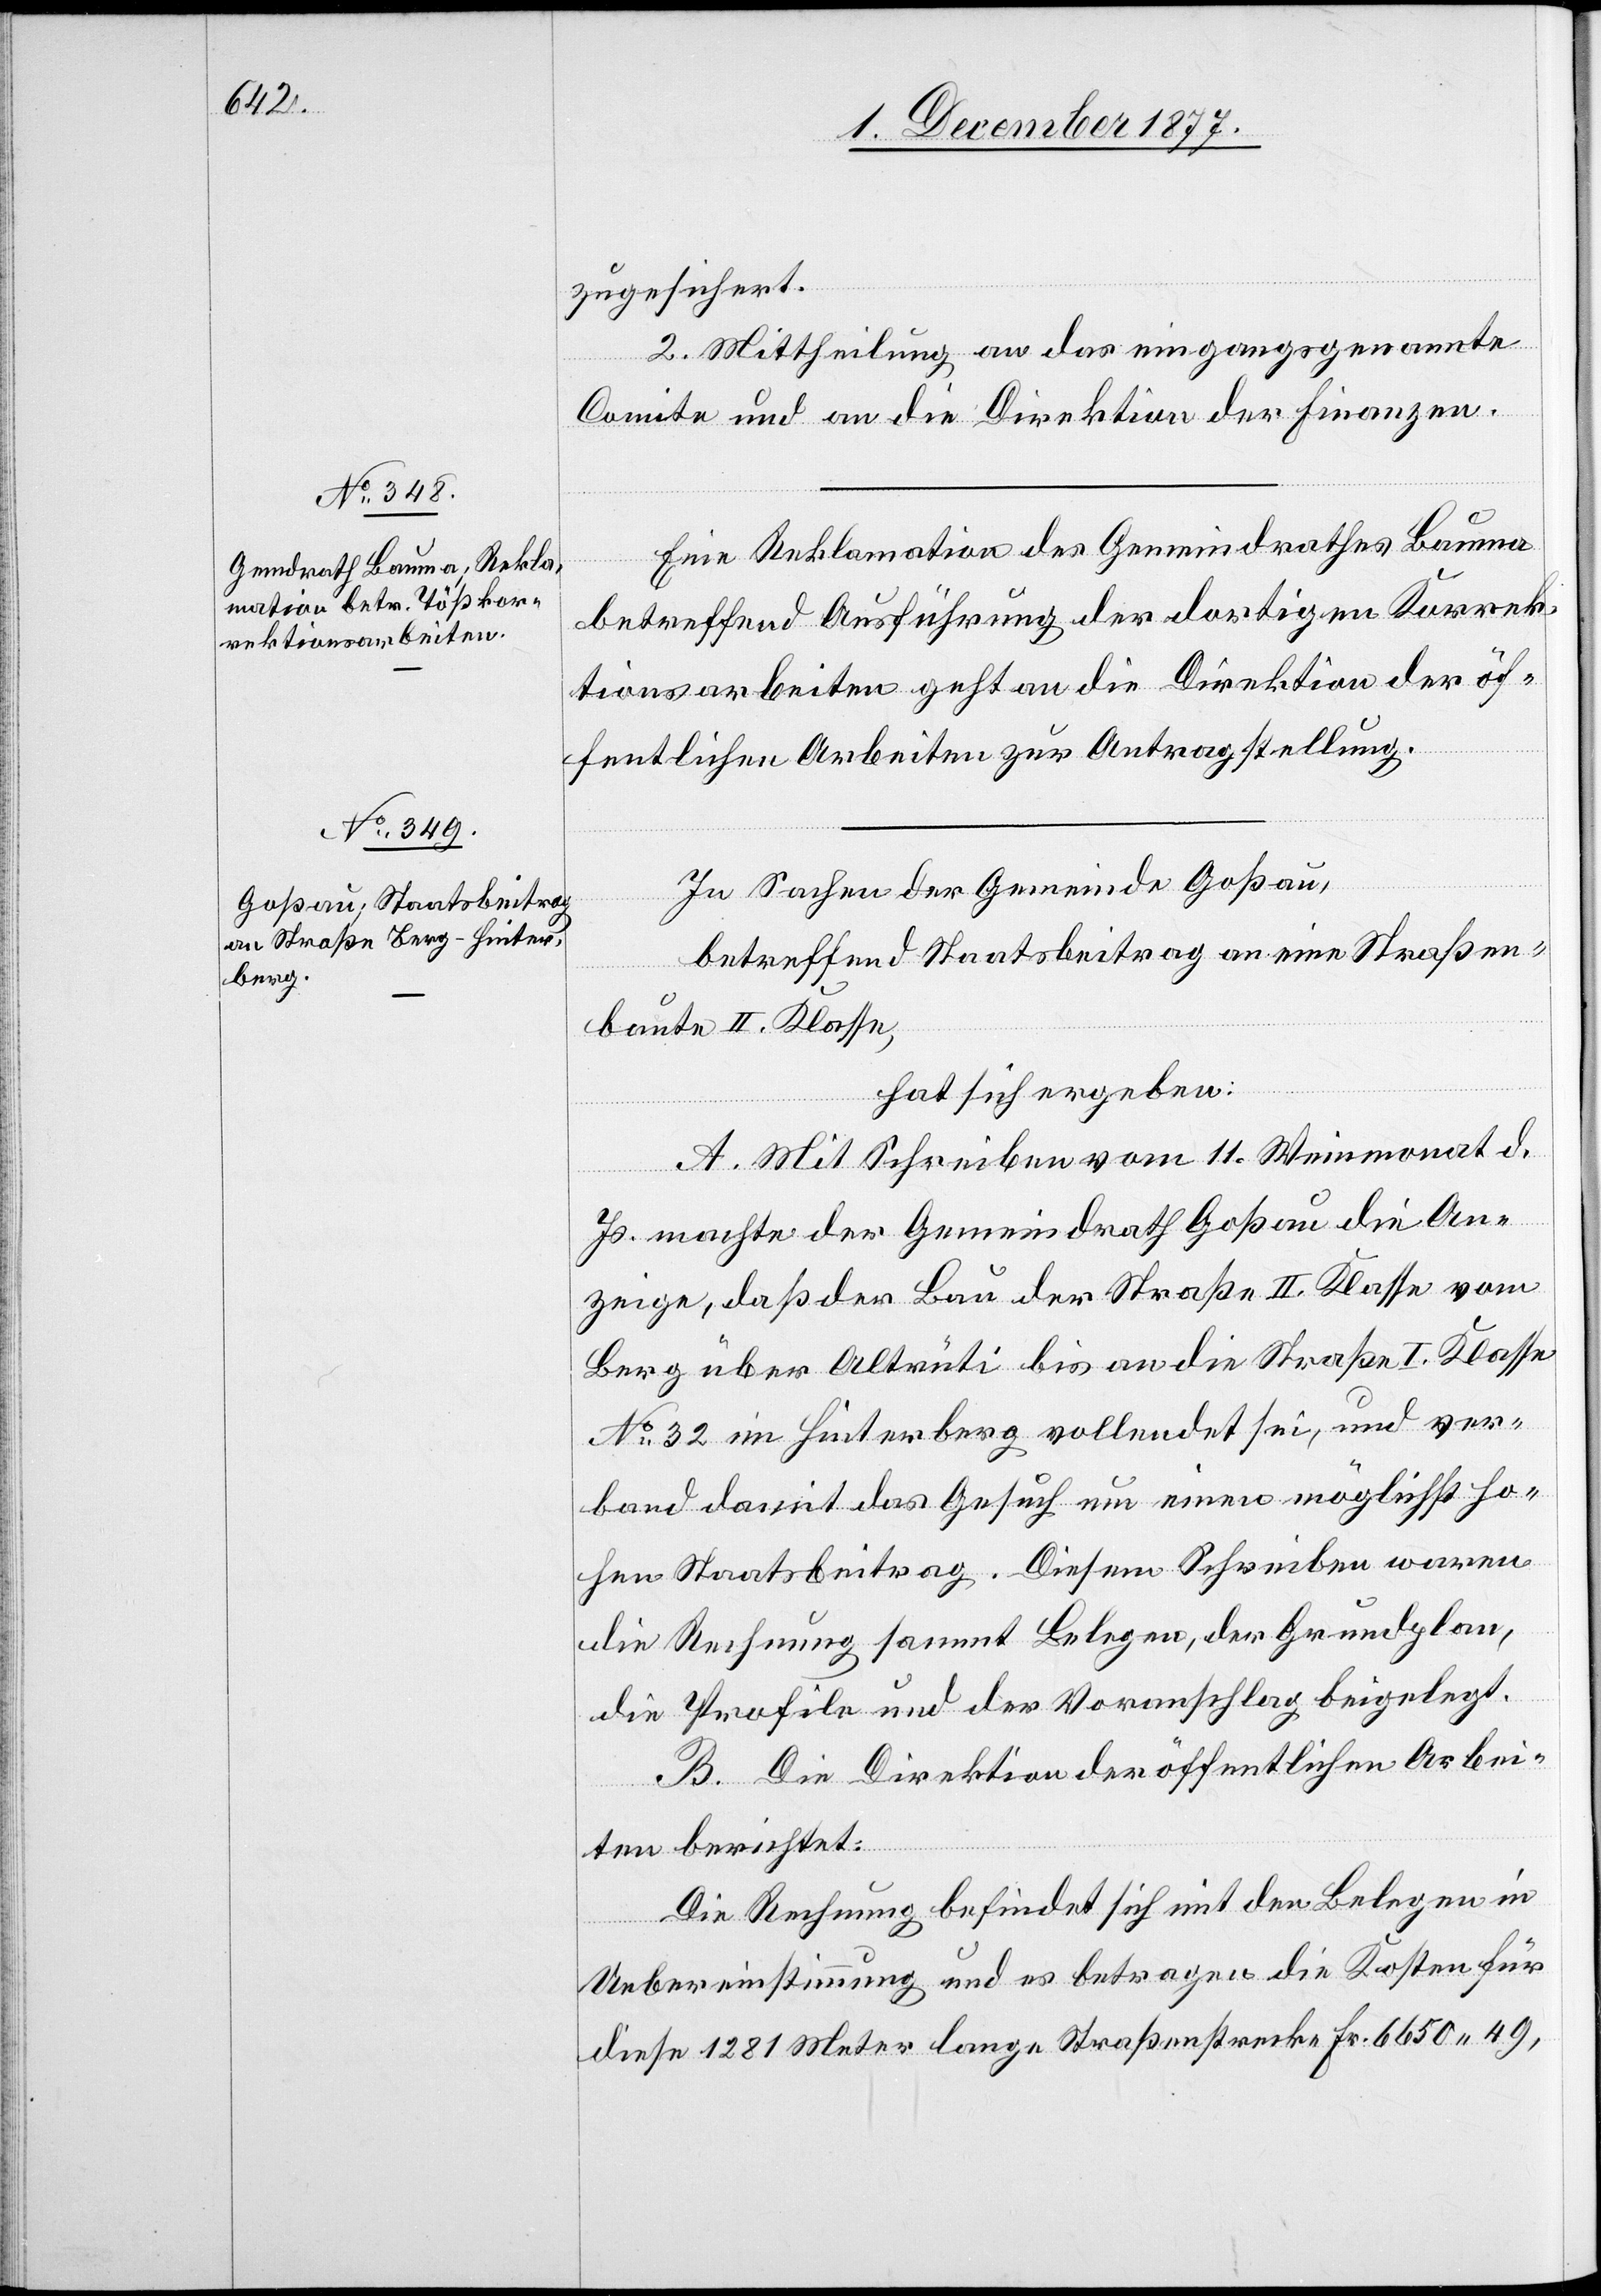
zugesichert.
2. Mittheilung an das eingangsgenannte
Comite und an die Direktion der Finanzen.
Eine Reklamation des Gemeindrathes Bauma
betreffend Ausführung der dortigen Korrek¬
tionsarbeiten geht an die Direktion der öf¬
fentlichen Arbeiten zur Antragstellung.
In Sachen der Gemeinde Goßau,
betreffend Staatsbeitrag an eine Straßen¬
baute II. Klasse,
hat sich ergeben:
A. Mit Schreiben vom 11. Weinmonat d.
Js. machte der Gemeindrath Goßau die An¬
zeige, daß der Bau der Straße II. KIasse vom
Berg über Altrüti bis an die Straße I. Klasse
No 32 im Hinterberg vollendet sei, und ver¬
band damit das Gesuch um einen möglichst ho¬
hen Staatsbeitrag. Diesem Schreiben waren
die Rechnung sammt Belegen, der Grundplan,
die Profile und der Voranschlag beigelegt.
B. Die Direktion der öffentlichen Arbei¬
ten berichtet:
Die Rechnung befindet sich mit den Belegen in
Uebereinstimmung und es betragen die Kosten für
diese 1281 Meter lange Straßenstrecke Fr. 6650 49,